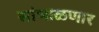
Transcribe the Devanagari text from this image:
सांभाळणार